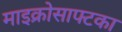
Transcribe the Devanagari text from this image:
माइक्रोसाफ्टका